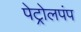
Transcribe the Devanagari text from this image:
पेट्रोलपंप